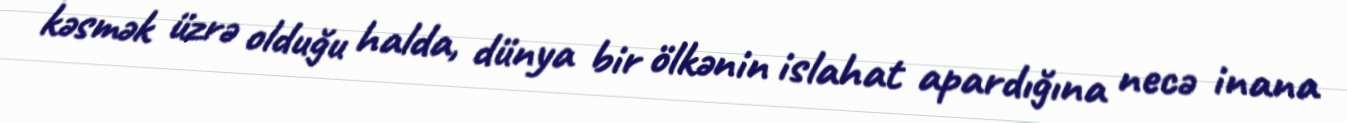
kəsmək üzrə olduğu halda, dünya bir ölkənin islahat apardığına necə inana